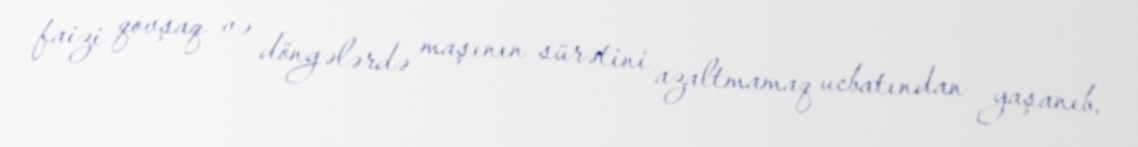
faizi qovşaq və döngələrdə maşının sürətini azaltmamaq ucbatından yaşanıb.